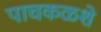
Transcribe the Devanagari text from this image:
पाचकळशे